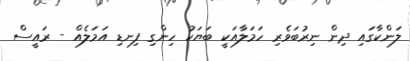
ލަންކާގައި ދިން ނިރުބަވެރި ހަމަލާއަކީ ބަޔަކު ހިންގި ފިނޑި އަމަލެއް - ރައީސް